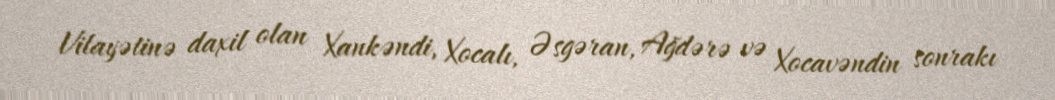
Vilayətinə daxil olan Xankəndi, Xocalı, Əsgəran, Ağdərə və Xocavəndin sonrakı